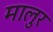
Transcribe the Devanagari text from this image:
मालुर